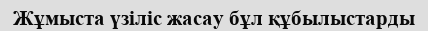
Жұмыста үзіліс жасау бұл құбылыстарды